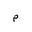
Letter: _mim